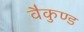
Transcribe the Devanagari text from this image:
वैकुण्ड